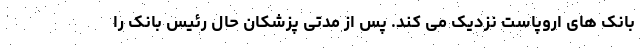
بانک های اروپاست نزدیک می کند. پس از مدتی پزشکان حال رئیس بانک را